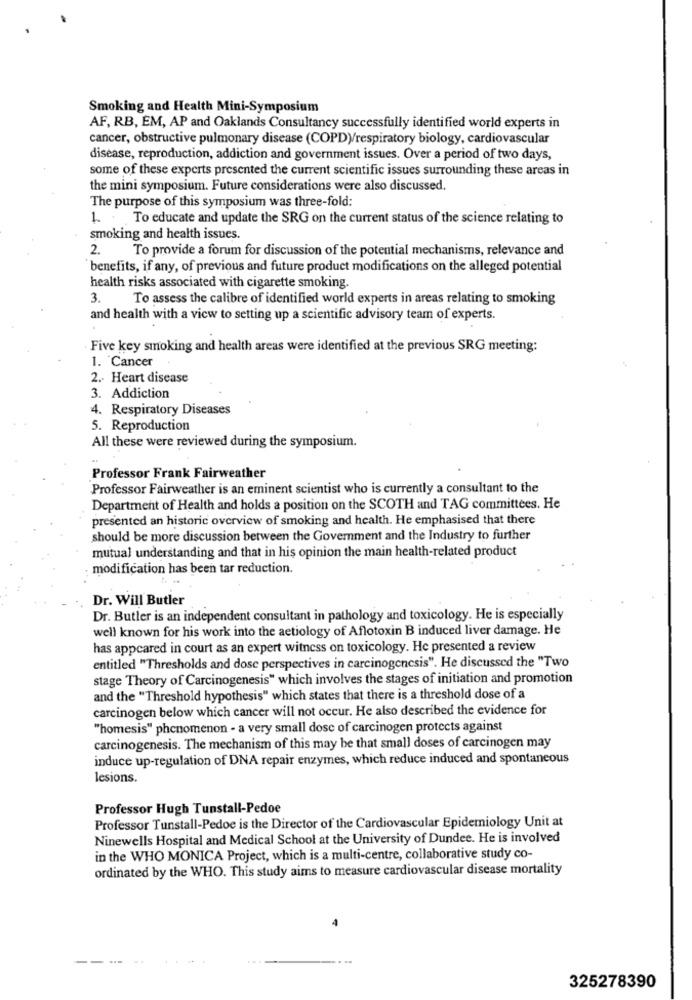
Smoking and Health Mini-Symposium
AF, RB, EM, AP and Oaklands Consultancy successfully identified world experts in
cancer, obstructive pulmonary disease (COPD)/respiratory biology, cardiovascular
disease, reproduction, addiction and government issues. Over a period of two days,
some of these experts presented the current scientific issues surrounding these areas in
the mini symposium. Future considerations were also discussed.
The purpose of this symposium was three-fold:
1. To educate and update the SRG on the current status of the science relating to
smoking and health issues.
2.
To provide a forum for discussion of the potential mechanisms, relevance and
benefits, if any, of previous and future product modifications on the alleged potential
health risks associated with cigarette smoking.
3. To assess the calibre of identified world experts in areas relating to smoking
and health with a view to setting up a scientific advisory team of experts.
Five key smoking and health areas were identified at the previous SRG meeting:
1. Cancer
2. Heart disease
3. Addiction
4. Respiratory Diseases
5. Reproduction
All these were reviewed during the symposium.
Professor Frank Fairweather
Professor Fairweather is an eminent scientist who is currently a consultant to the
Department of Health and holds a position on the SCOTH and TAG committees. He
presented an historic overview of smoking and health. He emphasised that there
should be more discussion between the Government and the Industry to further
mutual understanding and that in his opinion the main health-related product
modification has been tar reduction.
Dr. Will Butler
Dr. Butler is an independent consultant in pathology and toxicology. He is especially
well known for his work into the aetiology of Aflotoxin B induced liver damage. He
has appeared in court as an expert witness on toxicology. He presented a review
entitled "Thresholds and dose perspectives in carcinogenesis". He discussed the "Two
stage Theory of Carcinogenesis" which involves the stages of initiation and promotion
and the "Threshold hypothesis" which states that there is a threshold dose of a
carcinogen below which cancer will not occur. He also described the evidence for
"homesis" phenomenon - a very small dose of carcinogen protects against
carcinogenesis. The mechanism of this may be that small doses of carcinogen may
induce up-regulation of DNA repair enzymes, which reduce induced and spontaneous
lesions.
Professor Hugh Tunstall-Pedoe
Professor Tunstall-Pedoe is the Director of the Cardiovascular Epidemiology Unit at
Ninewells Hospital and Medical School at the University of Dundee. He is involved
in the WHO MONICA Project, which is a multi-centre, collaborative study co-
ordinated by the WHO. This study aims to measure cardiovascular disease mortality
325278390